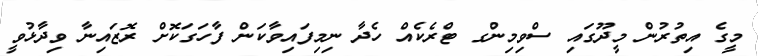
މީގެ އިތުރުން މީދޫގައި ސްވިމިންގ ޓްރެކެއް ހެދާ ނިމިފައިވާކަން ފާހަގަކޮށް ރޮޒައިނާ ވިދާޅުވީ